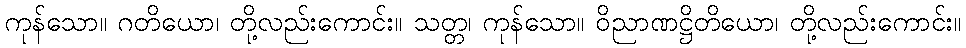
ကုန်သော။ ဂတိယော၊ တို့လည်းကောင်း။ သတ္တ၊ ကုန်သော။ ဝိညာဏဋ္ဌိတိယော၊ တို့လည်းကောင်း။